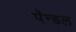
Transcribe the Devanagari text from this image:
पॅन्डल